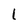
Character: l